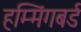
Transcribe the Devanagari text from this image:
हम्मिंगबर्ड